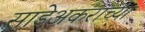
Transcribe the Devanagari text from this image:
साडेअकराच्या